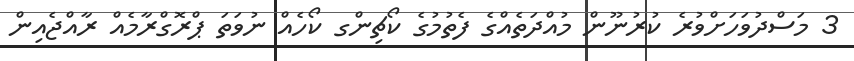
3 މަސްދުވަހަށްވުރެ ކުރުނޫން މުއްދަތެއްގެ ފެތުމުގެ ކޯޗިންގ ކޯހެއް ނުވަތަ ޕްރޮގްރާމެއް ރާއްޖެއިން